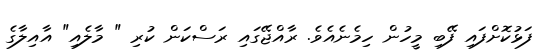
ފަޅުކޮށްފައި ފޭބި މީހުން ހިމެނެއެވެ. ރާއްޖޭގައި ރަސްކަން ކުރި " މާލެއި" އާއިލާގެ